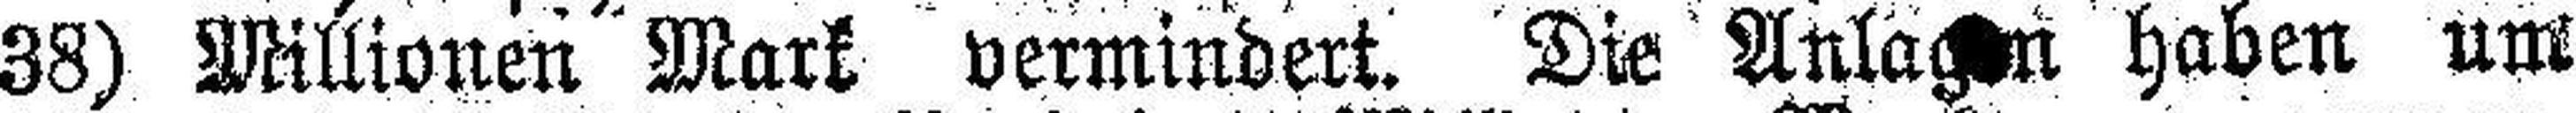
38) Millionen Mark vermindert. Die Anlag###n haben um